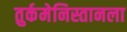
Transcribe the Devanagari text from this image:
तुर्कमेनिस्तानला